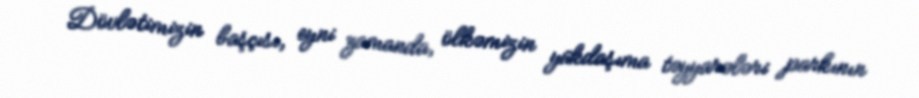
Dövlətimizin başçısı, eyni zamanda, ölkəmizin yükdaşıma təyyarələri parkının